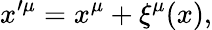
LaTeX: x^{\prime\mu}=x^{\mu}+\xi^{\mu}(x),